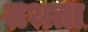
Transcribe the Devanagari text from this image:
तथता